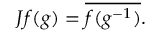
J f ( g ) = { \overline { { f ( g ^ { - 1 } ) } } } .